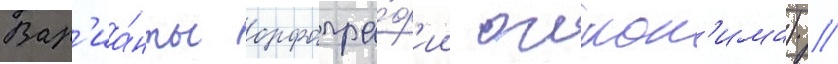
Вар'иа́нты орфогра́ф'ии оикон'има) //